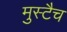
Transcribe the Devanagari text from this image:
मुस्टैच